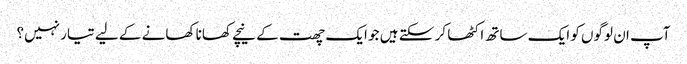
آپ ان لوگوں کو ایک ساتھ اکٹھا کر سکتے ہیں جو ایک چھت کے نیچے کھانا کھانے کے لیے تیار نہیں؟